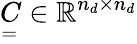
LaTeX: \underset{=}{C}\in\mathbb{R}^{n_{d}\times n_{d}}